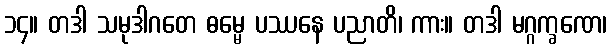
၁၄။ တဒါ သမုဒါဂတေ ဓမ္မေ ပဿနေ ပညာတိ၊ ကား။ တဒါ မဂ္ဂက္ခဏေ၊